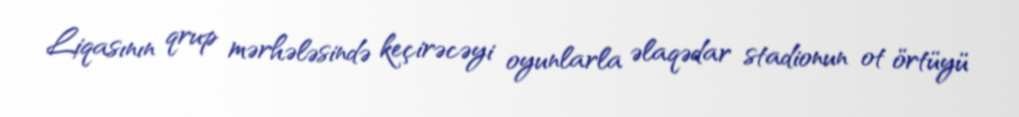
Liqasının qrup mərhələsində keçirəcəyi oyunlarla əlaqədar stadionun ot örtüyü